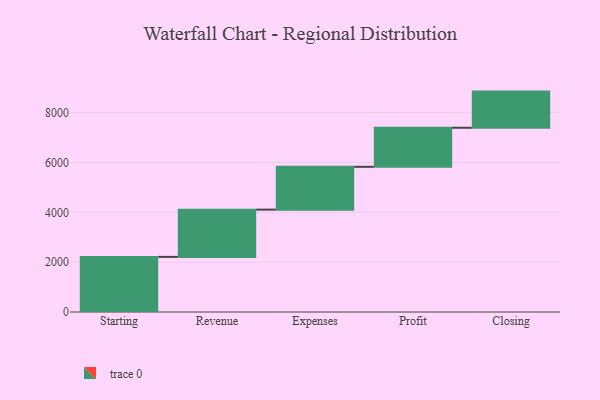
{"axis": {"x": "Step", "y": "Value"}, "legend": [""], "data": [{"x": "Starting", "y": 2212.0, "type": ""}, {"x": "Revenue", "y": 1896.0, "type": ""}, {"x": "Expenses", "y": 1718.0, "type": ""}, {"x": "Profit", "y": 1567.0, "type": ""}, {"x": "Closing", "y": 1451.0, "type": ""}]}